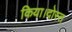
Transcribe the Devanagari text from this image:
किया।दोस्त